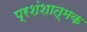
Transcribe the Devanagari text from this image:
प्रशंशात्मक